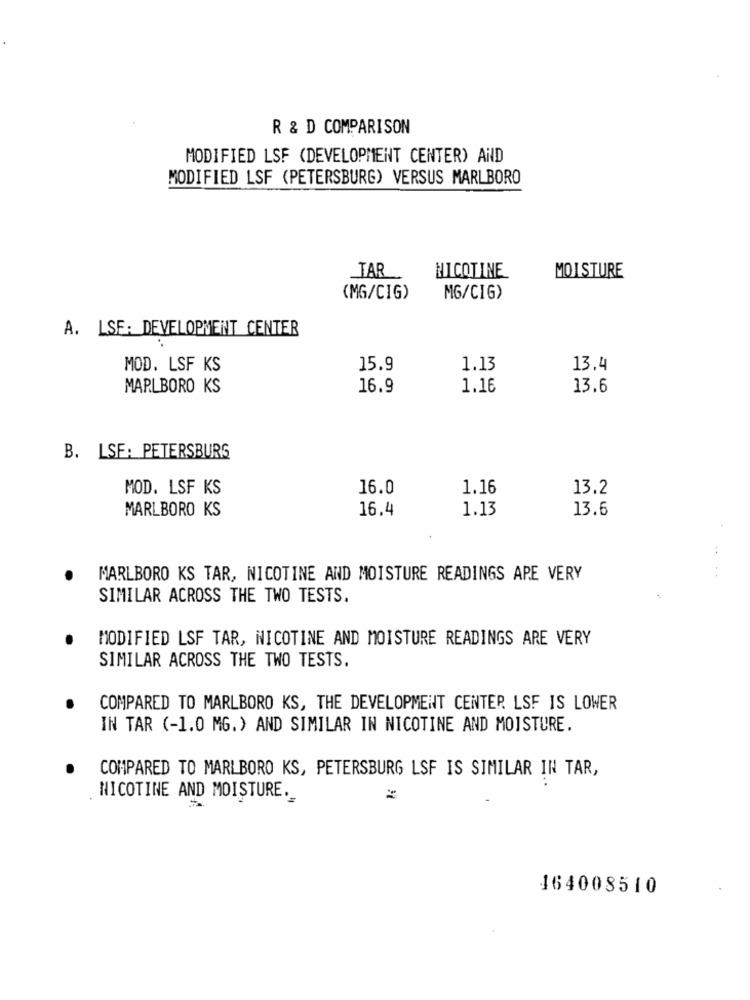
R & D COMPARISON
MODIFIED LSF (DEVELOPMENT CENTER) AND
MODIFIED LSF (PETERSBURG) VERSUS MARLBORO
NICOTINE
TAR
MOISTURE
(MG/CIG)
MG/CIG>
A. LSE: DEVELOPMENT CENTER
MOD. LSF KS
15.9
1.13
13.4
MARLBORO KS
16.9
1.16
13.6
B. LSF: PETERSBURG
MOD. LSF KS
16.0
1.16
13.2
MARLBORO KS
16.4
1.13
13.6
..
MARLBORO KS TAR, NICOTINE AND MOISTURE READINGS APE VERY
SIMILAR ACROSS THE TWO TESTS.
MODIFIED LSF TAR, NICOTINE AND MOISTURE READINGS ARE VERY
SIMILAR ACROSS THE TWO TESTS.
COMPARED TO MARLBORO KS, THE DEVELOPMENT CENTER LSF IS LOWER
IN TAR (-1.0 MG.) AND SIMILAR IN NICOTINE AND MOISTURE.
COMPARED TO MARLBORO KS, PETERSBURG LSF IS SIMILAR IN TAR,
NICOTINE AND MOISTURE.
164008510